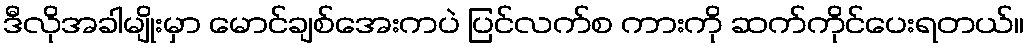
ဒီလိုအခါမျိုးမှာ မောင်ချစ်အေးကပဲ ပြင်လက်စ ကားကို ဆက်ကိုင်ပေးရတယ်။